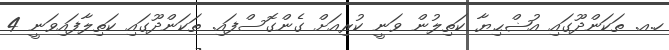
ހ.އ. ތަކަންދޫގައި އުޟްޙިޔާ ކަތިލުން ވަނީ ކުރިއަށް ގެންގޮސްފައި. ތަކަންދޫގައި ކަތިލާފައިވަނީ 4